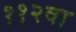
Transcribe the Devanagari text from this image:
११२वा